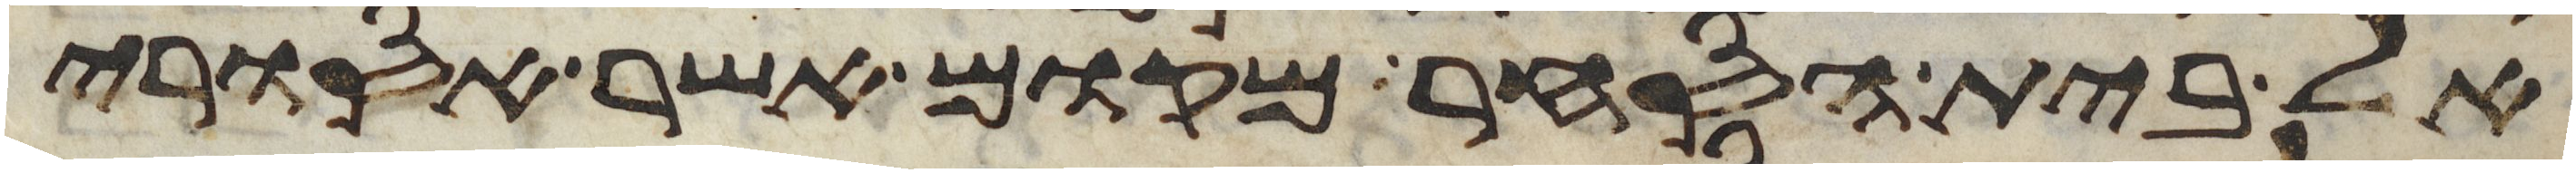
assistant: אל בית הסחר מקום אשר אסורי